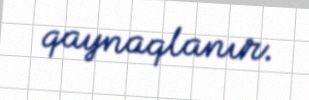
qaynaqlanır.